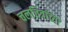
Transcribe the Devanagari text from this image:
चलचित्रांच्या